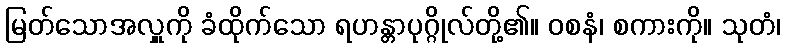
မြတ်သောအလှူကို ခံထိုက်သော ရဟန္တာပုဂ္ဂိုလ်တို့၏။ ဝစနံ၊ စကားကို။ သုတံ၊